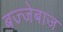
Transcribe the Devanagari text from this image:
बज्जेबाज